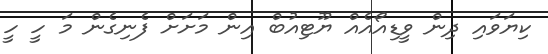
ކިޔަވައި ދިން ވީޑިއޯއެއް ޔޫޓިއުބް އިން މަށަށް ފެނިގެން މަ ހީ ހީ